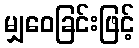
မျှဝေခြင်းဖြင့်